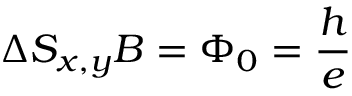
\Delta S _ { x , y } B = \Phi _ { 0 } = \frac { h } { e }